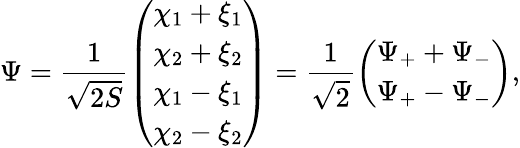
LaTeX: \Psi=\frac{1}{\sqrt{2S}}\left(\begin{array}{l}{{\chi_{1}+\xi_{1}}}\\ {{\chi_{2}+\xi_{2}}}\\ {{\chi_{1}-\xi_{1}}}\\ {{\chi_{2}-\xi_{2}}}\end{array}\right)=\frac{1}{\sqrt{2}}\left(\begin{array}{l}{{\Psi_{+}+\Psi_{-}}}\\ {{\Psi_{+}-\Psi_{-}}}\end{array}\right),